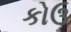
કોઉ